Indian Medical Review
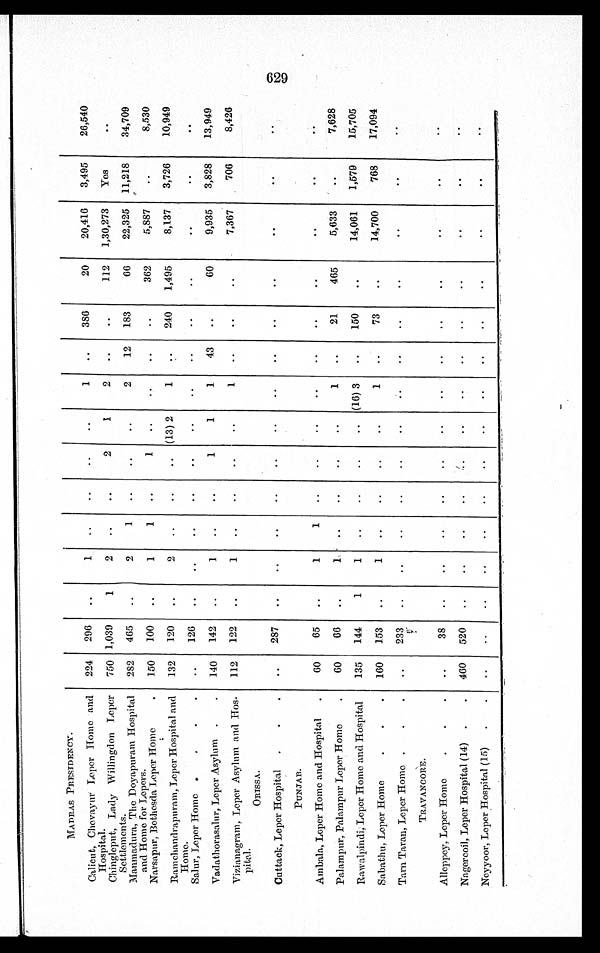
MADRAS PRESIDENCY.
Calicut, Chevayur Leper Home and
Hospital.
224 296
1
1
386
20
20,416 3,495
26,540
Chingleput, Lady Willingdon Leper
Settlements.
750 1,039
1
2
2
1
2
112 1,30,273 Yes
Manmadura, The Doyapuram Hospital
and Home for Lepers.
282 465
2
1
2
12 183
66
22,325 11,218
34,709
Narsapur, Bethesda Leper Home
150 100
1
1
1
362
5,887
8,530
Ramchandrapuram, Leper Hospital and
Home.
132 120
2
(13) 2
1
240 1,495
8,137 3,726
10,949
Salur, Leper Home
126
Vadathorasalur, Leper Asylum
140 142
1
1
1
43
60
9,935 3,828
13,949
Vizianagram, Leper Asylum and Hos-
pital.
112 122
1
1
7,367
706
8,426
ORISSA.
Cuttack, Leper Hospital
287
PUNJAB.
Ambala, Leper Home and Hospital
60
65
1
1
Palampur, Palainpur Leper Home
60
66
1
1
21
465
5,633
7,628
Rawalpindi, Leper Home and Hospital
135 144
1
1
(16) 3
150
14,061 1,579
15,705
Sabathu, Leper Home
160 153
1
1
73
14,700
768
17,094
Tarn Taran, Leper Home
233
TRAVANCORE.
Alleppey, Leper Home
3 8
Nagercoil, Leper Hospital (14)
460 520
Neyyoor, Leper Hospital (15)
629